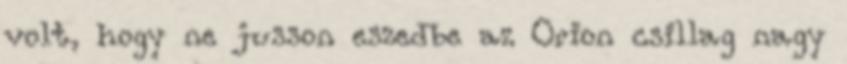
volt, hogy ne jusson eszedbe az Orion csillag nagy